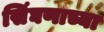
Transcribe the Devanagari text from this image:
सिंघणाच्या